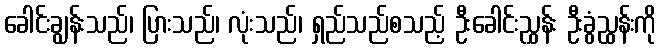
ခေါင်းချွန်းသည်၊ ပြားသည်၊ လုံးသည်၊ ရှည်သည်စသည့် ဦးခေါင်းညွှန်း ဦးခွံညွှန်းကို